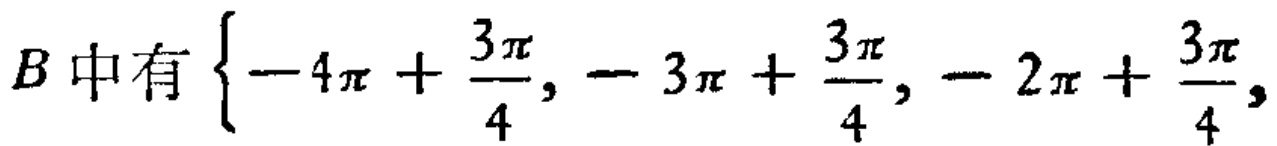
$B\text{中有}\left\{ -4\pi+\frac{3\pi}{4},-3\pi+\frac{3\pi}{4},-2\pi+\frac{3\pi}{4},\right.$